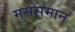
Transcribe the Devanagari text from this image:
मुससमान